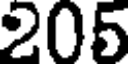
205